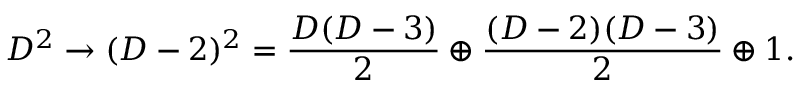
D ^ { 2 } \rightarrow ( D - 2 ) ^ { 2 } = { \frac { D ( D - 3 ) } { 2 } } \oplus { \frac { ( D - 2 ) ( D - 3 ) } { 2 } } \oplus 1 .